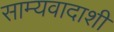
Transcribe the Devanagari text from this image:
साम्यवादाशी